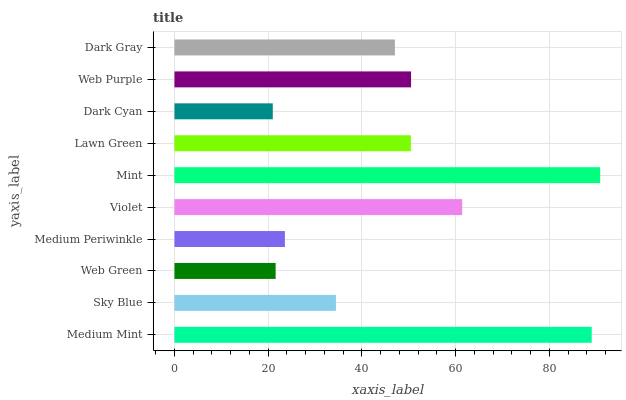
| yaxis_label | bars |
 | --- | --- |
 | Medium Mint | 89 |
 | Sky Blue | 34.4 |
 | Web Green | 21.6 |
 | Medium Periwinkle | 23.6 |
 | Violet | 61.4 |
 | Mint | 90.8 |
 | Lawn Green | 50.4 |
 | Dark Cyan | 21 |
 | Web Purple | 50.5 |
 | Dark Gray | 47 |